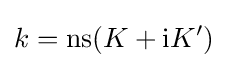
k=\operatorname {ns} (K+{\rm {i}}K')